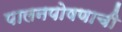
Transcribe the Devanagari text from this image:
पालनपोषणाची